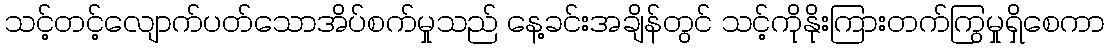
သင့်တင့်လျောက်ပတ်သောအိပ်စက်မှုသည် နေ့ခင်းအချိန်တွင် သင့်ကိုနိုးကြားတက်ကြွမှုရှိစေကာ